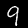
Digit: 9